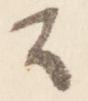
公